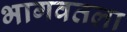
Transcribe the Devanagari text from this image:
भागवतला